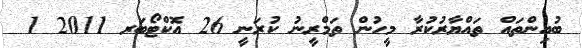
ބުއިންތައް ތައްޔާރުކުރާ މީހުން ތަމްރީނު ކުރަނީ 26 އޮކްޓޯބަރ 2011 1